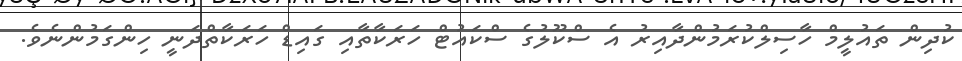
ކުދިން ތައުލީމް ހާސިލްކުރަމުންދާއިރު އެ ސްކޫލުގެ ސްކައުޓް ހަރަކާތާއި ގައިޑް ހަރަކާތްދަނީ ހިންގަމުންނެވެ.